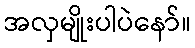
အလှမျိုးပါပဲနော်။